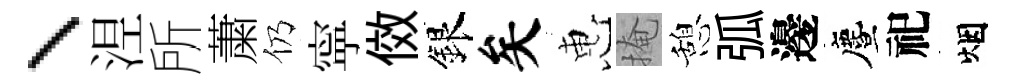
、𣵀所䔥仍寜傚銀矣惠掩憩弧邊󵨌祀烟